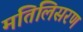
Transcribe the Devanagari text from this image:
मतिलिसरण